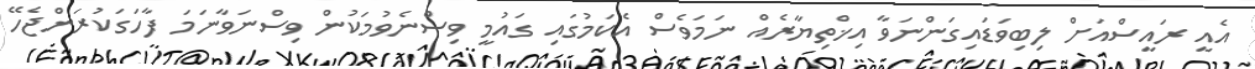
އެއީ ރައީސްއަށް ލިބިވަޑައިގަންނަވާ އިޚްތިޔާރެއް ނަމަވެސް އެކަމުގައި ގައުމީ ވިސްނެވުމަކުން ވިސްނަވާނަމަ ފާހަގަކުރަންޖެހޭ